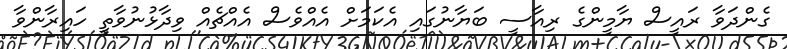
ގެންދަވާ ރައީސް ޔާމީންގެ ރިއާސީ ބަޔާނުގައި އެކަމަށް އެއްވެސް އެއްޗެއް ވިދާޅުނުވާތީ ހައިރާންވާ